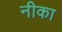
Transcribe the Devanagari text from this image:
नीका